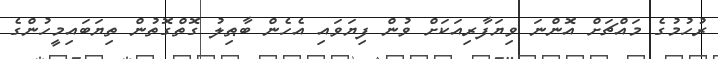
ރުހުމުގެ މައްޗަށް އޮންނަ ވިޔަފާރިއަކަށް ވުން ފިޔަވައި އެހެން ބާޠިލު ގޮތްގޮތުން ތިޔަބައިމީހުންގެ